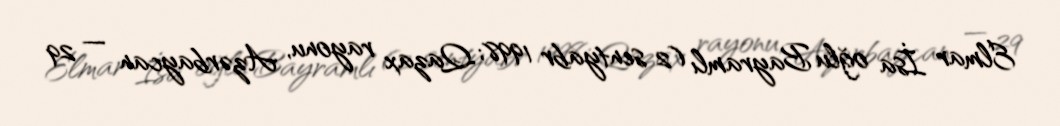
Elmar İsa oğlu Bayramlı (2 sentyabr 1998; Qazax rayonu, Azərbaycan — 29